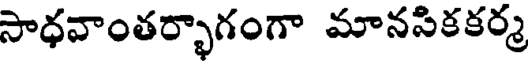
సాధవాంతర్భాగంగా మానసికకర్మ